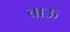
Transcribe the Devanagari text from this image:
बाऊ